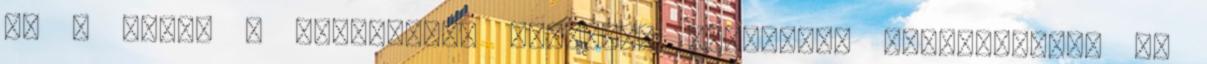
Mi a célja a verseknek? Egyrészt szeretném kizökkenteni az